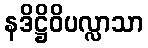
နဒိဋ္ဌိဝိပလ္လာသာ